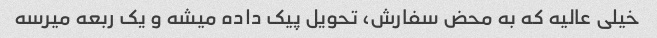
خیلی عالیه که به محض سفارش، تحویل پیک داده میشه و یک ربعه میرسه